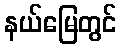
နယ်မြေတွင်